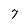
Character: 7